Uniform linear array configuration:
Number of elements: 24
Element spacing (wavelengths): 0.5
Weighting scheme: kaiser
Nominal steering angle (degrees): -15
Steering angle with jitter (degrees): -13.808
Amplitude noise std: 0.05
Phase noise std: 0.05

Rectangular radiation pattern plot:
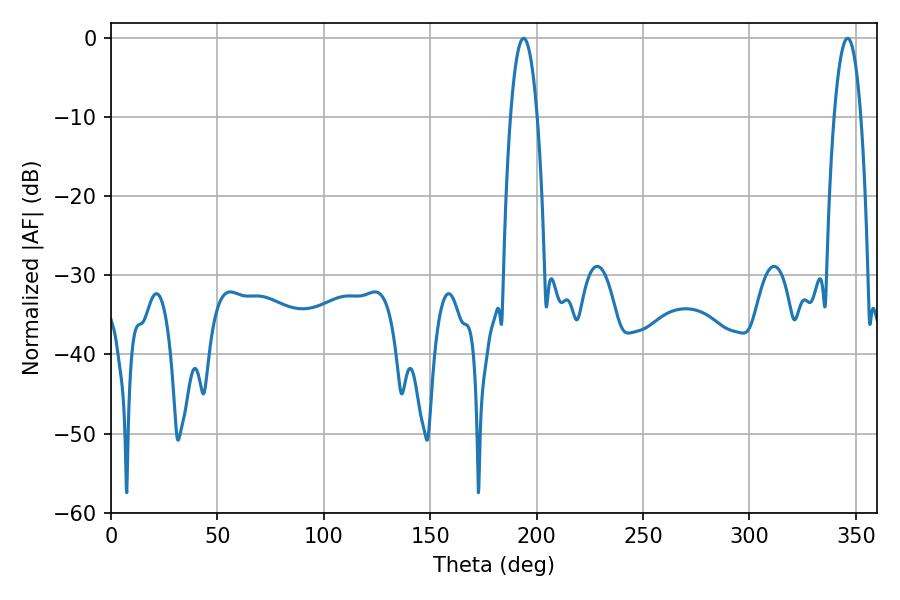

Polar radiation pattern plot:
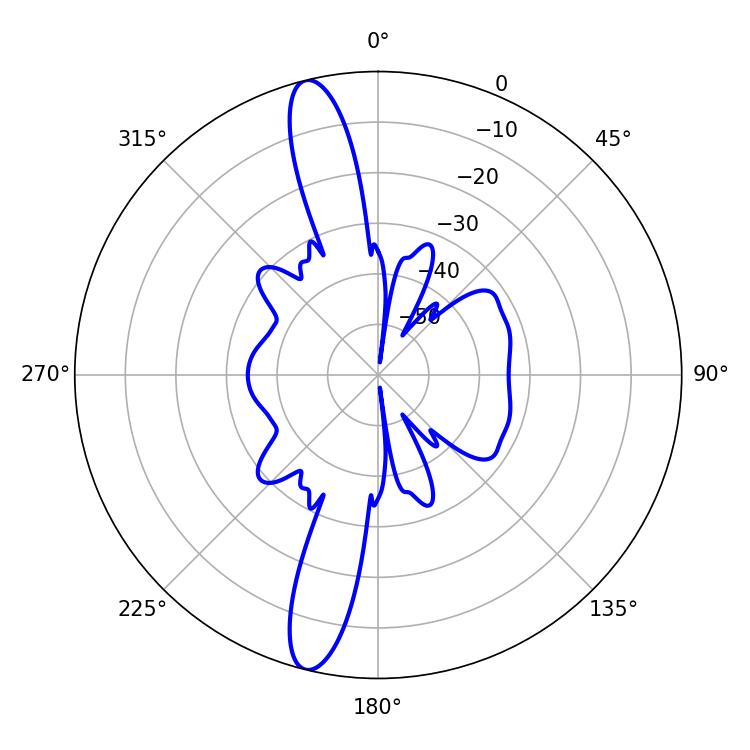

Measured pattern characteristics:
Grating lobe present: FALSE
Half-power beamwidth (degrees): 7.02
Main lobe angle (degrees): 193.86